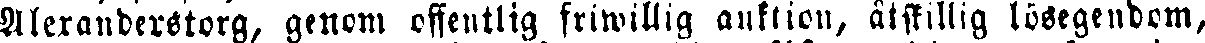
Alexanderstorg, genom offentlig friwillig auktion, åtskillig lösegendom,